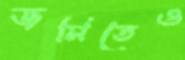
জমিতেও